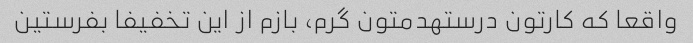
واقعا که کارتون درستهدمتون گرم، بازم از این تخفیفا بفرستین